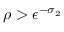
\rho > \epsilon ^ { - \sigma _ { 2 } }